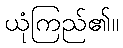
ယုံကြည်၏။